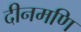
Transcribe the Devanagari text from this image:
दीनमणि